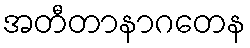
အတီတာနာဂတေန